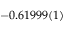
- 0 . 6 1 9 9 9 ( 1 )